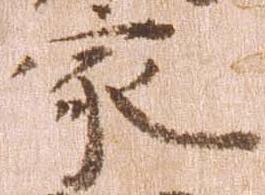
家